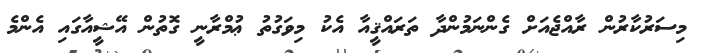
މިސަރުކާރުން ރާއްޖެއަށް ގެންނަމުންދާ ތަރައްޤީއާ އެކު މިވަގުތު ޢުމްރާނީ ގޮތުން އޭޝީއާގައި އެންމެ